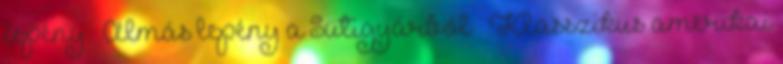
lepény » Almás lepény a Sütigyárból » Klasszikus amerikai